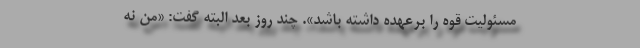
مسئولیت قوه را برعهده داشته باشد». چند روز بعد البته گفت: «من نه